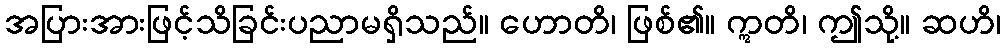
အပြားအားဖြင့်သိခြင်းပညာမရှိသည်။ ဟောတိ၊ ဖြစ်၏။ ဣတိ၊ ဤသို့။ ဆဟိ၊